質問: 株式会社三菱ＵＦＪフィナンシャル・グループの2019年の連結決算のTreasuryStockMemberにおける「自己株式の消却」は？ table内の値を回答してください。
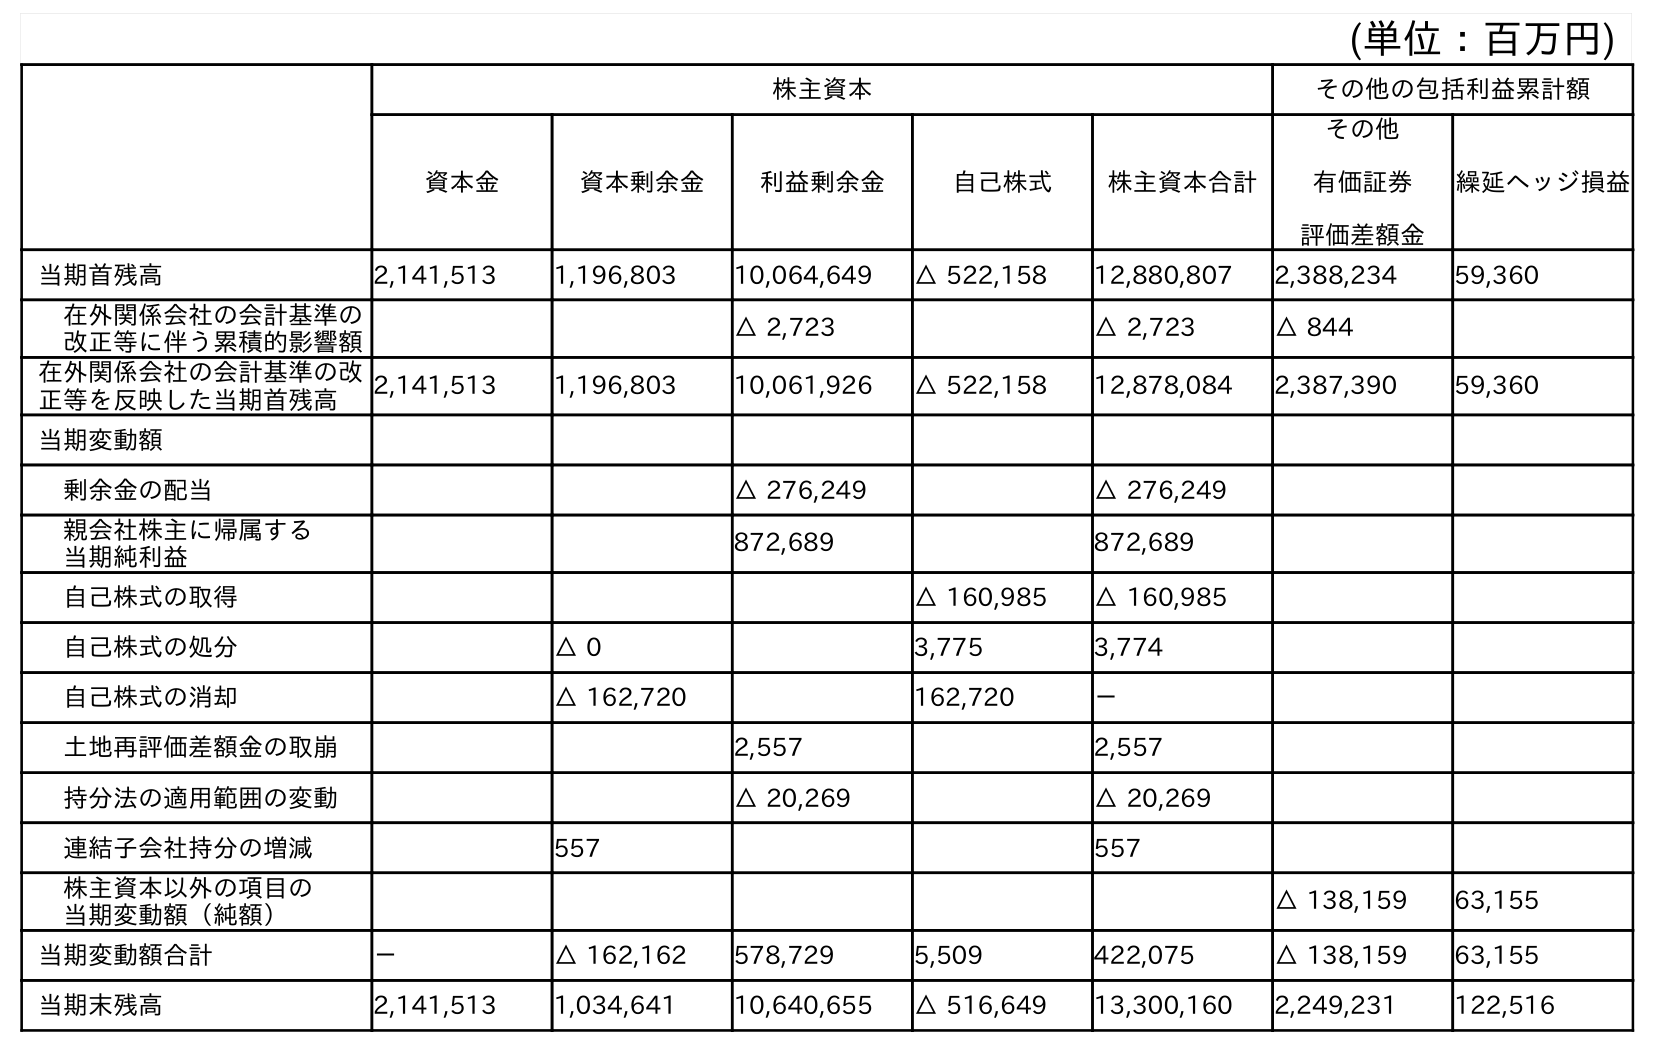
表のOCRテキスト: (単位：百万円) 株主資本 その他の包括利益累計額 資本金 資本剰余金 利益剰余金 自己株式 株主資本合計 その他 有価証券 評価差額金 繰延ヘッジ損益 当期首残高 2,141,513 1,196,803 10,064,649 △ 522,158 12,880,807 2,388,234 59,360 在外関係会社の会計基準の 改正等に伴う累積的影響額 △ 2,723 △ 2,723 △ 844 在外関係会社の会計基準の改 正等を反映した当期首残高 2,141,513 1,196,803 10,061,926 △ 522,158 12,878,084 2,387,390 59,360 当期変動額 剰余金の配当 △ 276,249 △ 276,249 親会社株主に帰属する 当期純利益 872,689 872,689 自己株式の取得 △ 160,985 △ 160,985 自己株式の処分 △ 0 3,775 3,774 自己株式の消却 △ 162,720 162,720 － 土地再評価差額金の取崩 2,557 2,557 持分法の適用範囲の変動 △ 20,269 △ 20,269 連結子会社持分の増減 557 557 株主資本以外の項目の 当期変動額（純額） △ 138,159 63,155 当期変動額合計 － △ 162,162 578,729 5,509 422,075 △ 138,159 63,155 当期末残高 2,141,513 1,034,641 10,640,655 △ 516,649 13,300,160 2,249,231 122,516
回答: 162,720